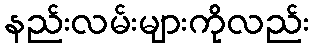
နည်းလမ်းများကိုလည်း